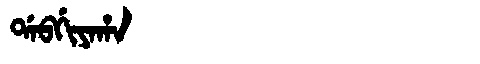
Manchu: ᡩᠠᠪᡤᡳᠶᠠᡥᠠ
Romanization: DABGIYAHA